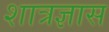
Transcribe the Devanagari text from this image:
शात्रज्ञास